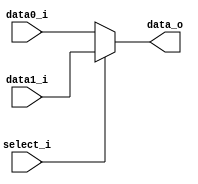
`timescale 1ns/1ps

module MUX_2to1_8bit(
    input       [8-1:0] data0_i,
    input       [8-1:0] data1_i,
    input               select_i,
    output reg  [8-1:0] data_o
);
/* Write your code HERE */
always @(*) begin
    if(select_i == 1'b0) data_o <= data0_i;
    else data_o <= data1_i;
end

endmodule